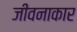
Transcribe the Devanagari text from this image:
जीवनाकार